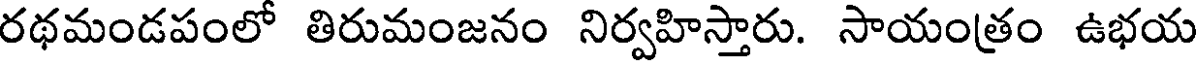
రథమండపంలో తిరుమంజనం నిర్వహిస్తారు. సాయంత్రం ఉభయ